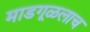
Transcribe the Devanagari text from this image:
माडगूळलाच